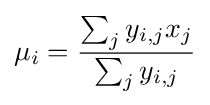
\mu _{i}={\frac {\sum _{j}y_{i,j}x_{j}}{\sum _{j}y_{i,j}}}